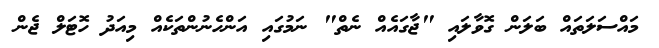
މައްސަލަތައް ބަލަން ގޮވާލައި "ޖާގައެއް ނެތް" ނަމުގައި އަންހެނުންތަކެއް މިއަދު ހޮޓަލް ޖެން